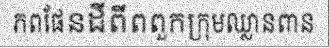
ភពផែនដីពីពពួកក្រុមឈ្លានពាន